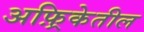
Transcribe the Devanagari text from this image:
अफ़्रिकेतील